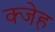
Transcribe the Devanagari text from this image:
क्जेह